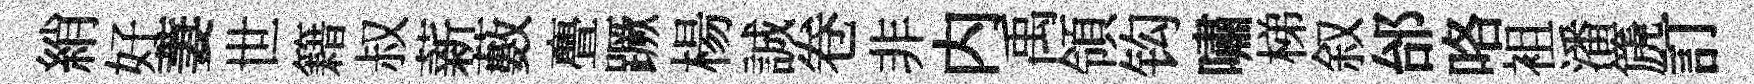
綃好萋世籍叔薪藪亹蹶楊誠卷非内禹領钩嘯梯叙邰咯袓潘篪訂